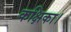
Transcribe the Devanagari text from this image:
कक्षिका।